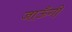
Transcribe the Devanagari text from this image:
जाऊँगी